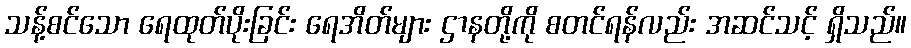
သန့်စင်သော ရေထုတ်ပိုးခြင်း ရေအိတ်များ ဌာနတို့ကို စတင်ရန်လည်း အဆင်သင့် ရှိသည်။